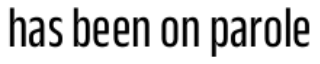
has been on parole